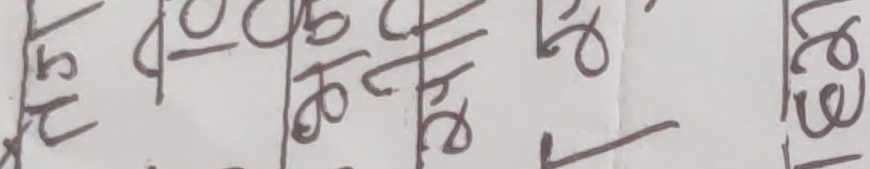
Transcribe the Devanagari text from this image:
२५/०१/०६ २९।०१।०४ २६।०१।०३